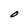
Character: O